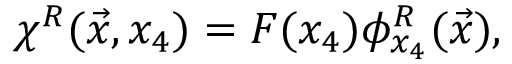
\chi ^ { R } ( \vec { x } , x _ { 4 } ) = F ( x _ { 4 } ) \phi _ { x _ { 4 } } ^ { R } ( \vec { x } ) ,